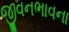
જીવનભાવના